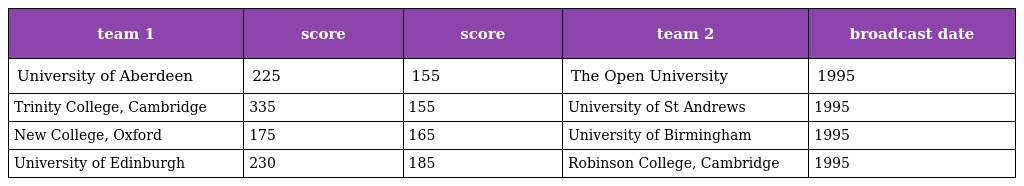
| team 1 | score | score | team 2 | broadcast date |
 | --- | --- | --- | --- | --- |
 | University of Aberdeen | 225 | 155 | The Open University | 1995 |
 | Trinity College, Cambridge | 335 | 155 | University of St Andrews | 1995 |
 | New College, Oxford | 175 | 165 | University of Birmingham | 1995 |
 | University of Edinburgh | 230 | 185 | Robinson College, Cambridge | 1995 |